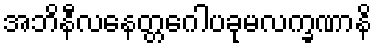
အဘိနီလနေတ္တဂေါပခုမလက္ခဏာနိ